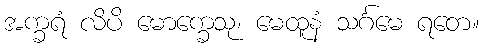
အက္ခရံ လိပိ မောက္ခေသု၊ မေထူနံ သင်္ဂမေ ရတေ။